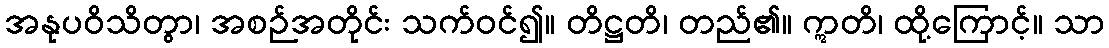
အနုပဝိသိတွာ၊ အစဉ်အတိုင်း သက်ဝင်၍။ တိဋ္ဌတိ၊ တည်၏။ ဣတိ၊ ထို့ကြောင့်။ သာ